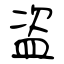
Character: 盗